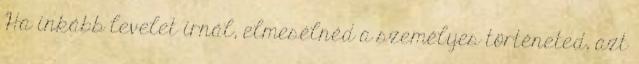
Ha inkább levelet írnál, elmesélnéd a személyes történeted, azt